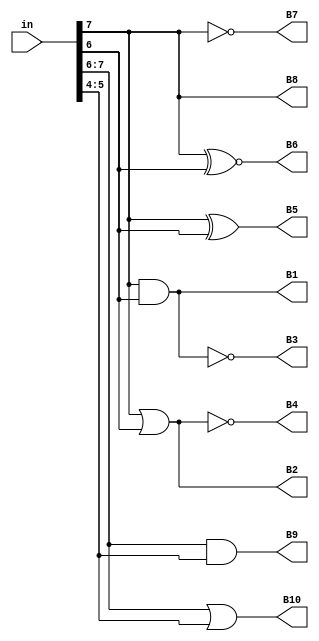
module top (
    input [0:7] in,
    output B1,
    B2,
    B3,
    B4,
    B5,
    B6,
    B7,
    B8,
    B9,
    B10
);
  assign B1  = in[0] & in[1];
  assign B2  = in[0] | in[1];
  assign B3  = in[0]~&in[1];
  assign B4  = in[0]~|in[1];
  assign B5  = in[0] ^ in[1];
  assign B6  = in[0] ~^ in[1];
  assign B7  = ~in[0];
  assign B8  = in[0];
  assign B9  = in[0:1] && in[2:3];
  assign B10 = in[0:1] || in[2:3];
endmodule